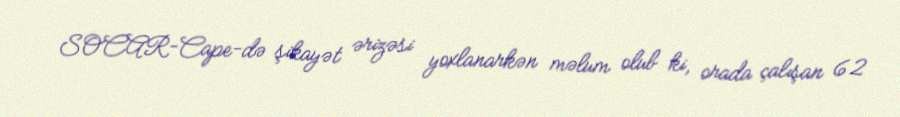
SOCAR-Cape-də şikayət ərizəsi yoxlanarkən məlum olub ki, orada çalışan 62